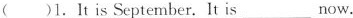
( )1.It is September.It is___now.